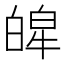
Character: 𤾎